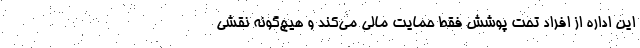
این اداره از افراد تحت پوشش فقط حمایت مالی می‌کند و هیچ‌گونه نقشی